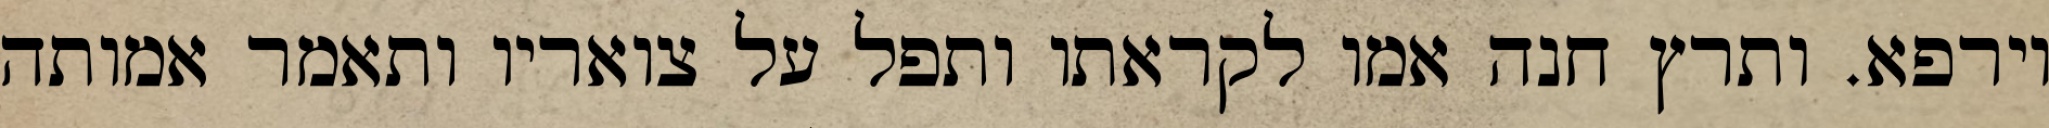
וירפא. ותרץ חנה אמו לקראתו ותפל על צואריו ותאמר אמותה